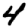
Digit: 4